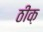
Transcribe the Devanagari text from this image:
ठीक़